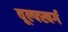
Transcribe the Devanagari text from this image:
वूल्फ्स्बर्ग